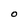
Character: O